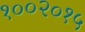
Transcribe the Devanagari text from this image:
१००२०१५